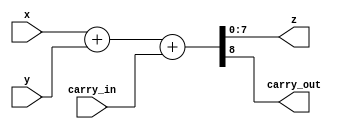
module adder
#( 
    parameter WIDTH = 8
)
(
    input  [WIDTH - 1:0] x, y,    
    input  carry_in,
    output [WIDTH - 1:0] z,
    output carry_out
);
    assign {carry_out, z} = x + y + carry_in;
endmodule